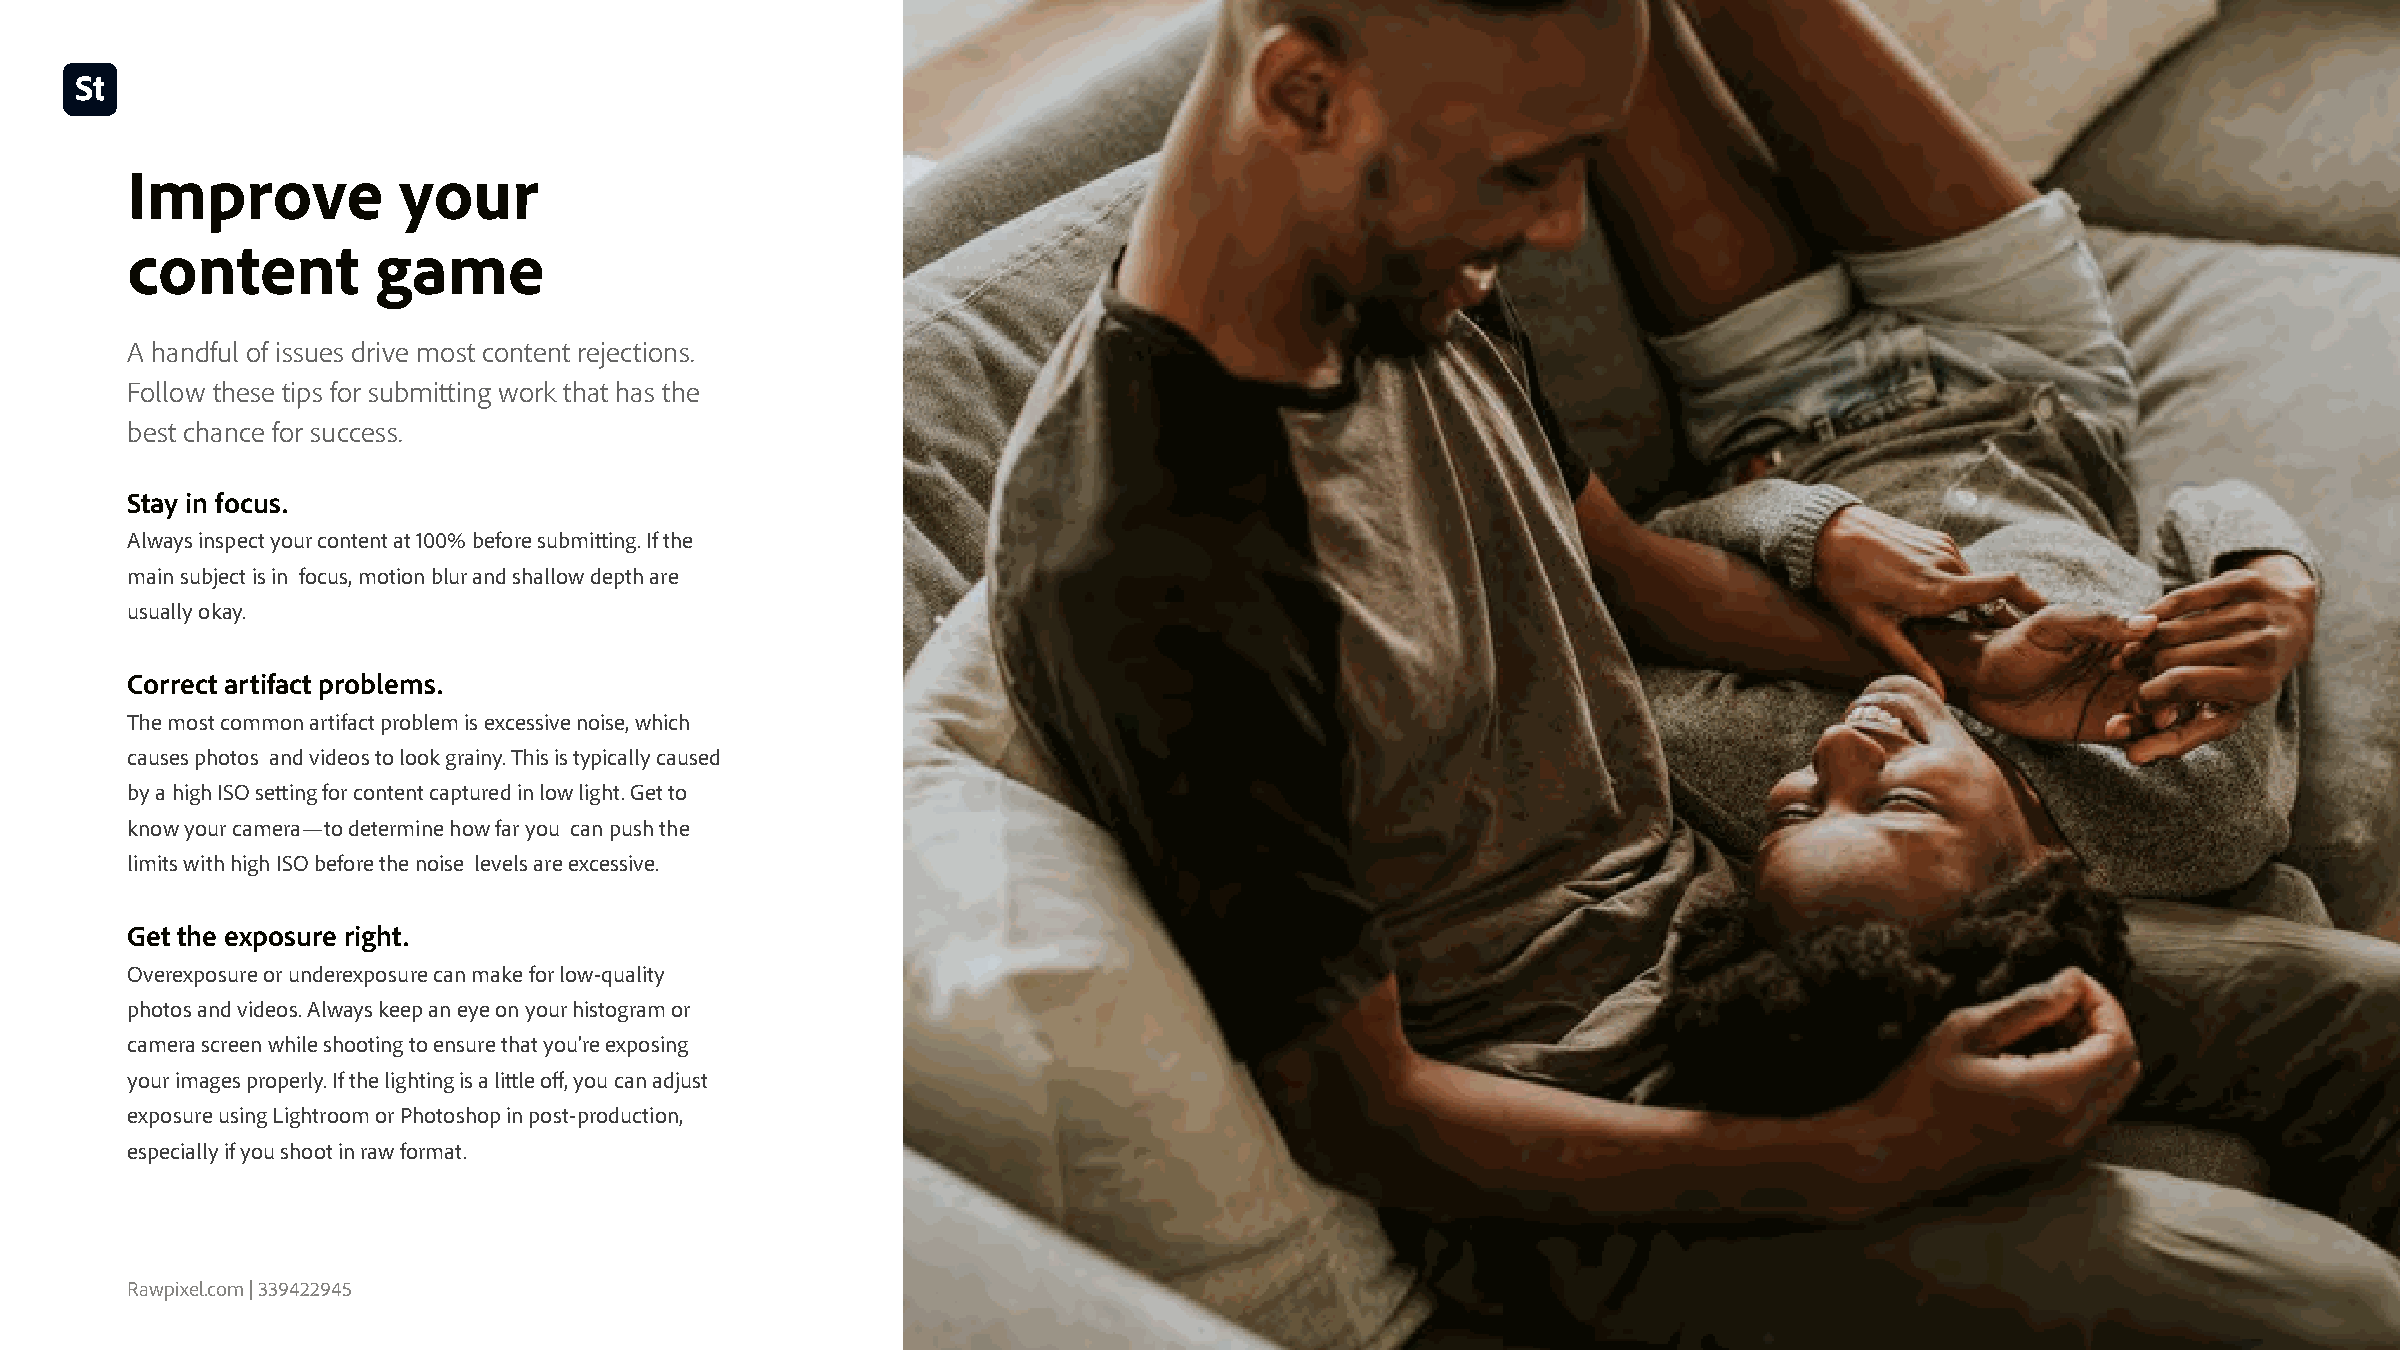
Improve           your
 content          game
 A handful of issues drive most content rejections.
 Follow these tips for submitting work that has the
 best chance for success.
 Stay in focus
 Always inspect your content at 100% before submitting. If the
 main subject is in focus, motion blur and shallow depth are
 usually okay.
 Correct artifact problems
 The most common artifact problem is excessive noise, which
 causes photos and videos to look grainy. This is typically caused
 by a high ISO setting for content captured in low light. Get to
 know your camera—to determine how far you can push the
 limits with high ISO before the noise levels are excessive.
 Get the exposure right
 Overexposure or underexposure can make for low-quality
 photos and videos. Always keep an eye on your histogram or
 camera screen while shooting to ensure that you’re exposing
 your images properly. If the lighting is a little off, you can adjust
 exposure using Lightroom or Photoshop in post-production,
 especially if you shoot in raw format.
 Rawpixel.com | 339422945